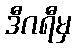
ဒီဂရီမှ